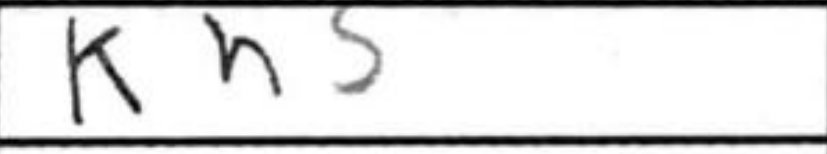
Transcription: Kh5